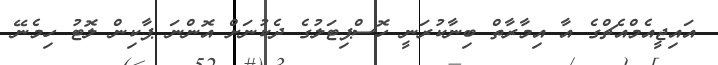
އައިޖީއެމްއެޗްގެ އާ އިމާރާތް ބިނާކުރަނީ ހޮސްޕިޓަލުގެ ދެކުނަށް އޮންނަ ޕާކިން ލޮޓު ހިމެނޭ